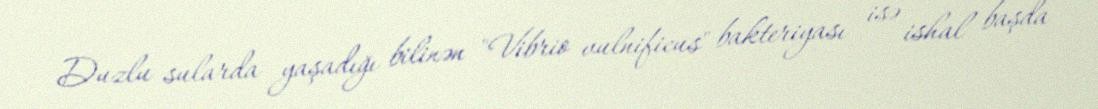
Duzlu sularda yaşadığı bilinən "Vibrio vulnificus" bakteriyası isə ishal başda